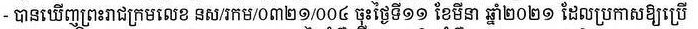
- បានឃើញព្រះរាជក្រមលេខ នស/រកម/០៣២១/០០៤ ចុះថ្ងៃទី១១ ខែមីនា ឆ្នាំ២០២១ ដែលប្រកាសឲ្យប្រើ